Annual returns of the Patna Lunatic Asylum at Bankipore in Bihar and Orissa - 1912-1924
Year: 1912
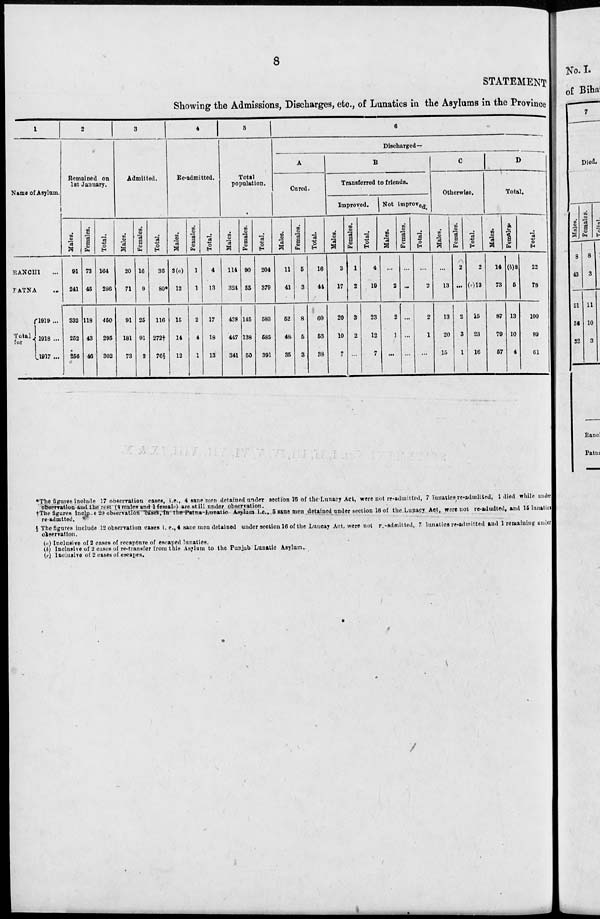
8
STATEMENT
Showing the Admissions, Discharges, etc ., of Lunatics in the Asylums in the Province
1
Name of Asylum
RANCHI ...
PATNA ...
Tolal
for
1919 ...
1918 ...
1917 ...
2
Remained on
1st January.
Males.
91
241
332
252
256
Females.
73
45
118
43
46
Total.
164
286
450
295
302
3
Admitted.
Males.
20
71
91
181
73
Females.
16
9
25
91
3
Total.
36
80*
116
272†
76§
4
Re-admitted.
Males.
3(a)
12
15
14
12
Females.
1
1
2
4
1
Total.
4
13
17
18
13
5
Total
population.
Males.
114
324
438
447
341
Females.
90
55
146
138
50
Total.
204
379
588
586
391
6
Discharged—
A
Cured.
Males.
11
41
52
48
36
Females.
5
3
8
5
3
Total.
16
44
60
53
38
B
Transferred to friends.
Improved.
Males.
3
17
20
10
7
Females.
1
2
3
2
...
Total.
4
19
23
12
7
Not improved.
Males.
...
2
2
1
...
Females.
...
...
...
...
...
Total.
...
2
2
1
...
C
Otherwise.
Males.
...
13
13
20
15
Females.
2
...
2
3
1
Total.
2
(c)13
15
23
16
D
Total.
Males.
14
73
87
79
57
Females.
(b)8
5
13
10
4
Total.
22
78
100
89
61
*The figures include 17 observation cases, i.e., 4 sane men detained under section 18 of the Lunacy Act, were not re-admitted, 7 lunatics re-admitted, 1 died while under
Observation and the rest (4 males and 1 female) are still under observation.
†The figures include 20 observation cases, in the Patna Lunatics Asylum i.e., 5 cases men detained under section 18 of the Lunacy Act, were not re-admited, and 15 lunatics
re-admtted.
§The figures include 12 observation cases i.e.,4 sane men detained under section 16 of the Luncay Act, were not re-admitted, 7 lunatics readmitted and 1 remaining under
observation.
(a) Inclusive of 2 cases of recapture of escaped lunatics.
(b) Inclusive of 2 cases of re-transfer from this Asylum to the Punjab Lunatic Asylum.
(c) Inclusive of 2 cases of escapes.